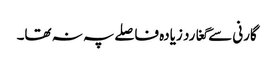
گارنی سے گغارد زیادہ فاصلے پہ نہ تھا۔